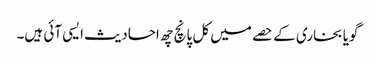
گویا بخاری کے حصے میں کل پانچ چھ احادیث ایسی آئی ہیں۔